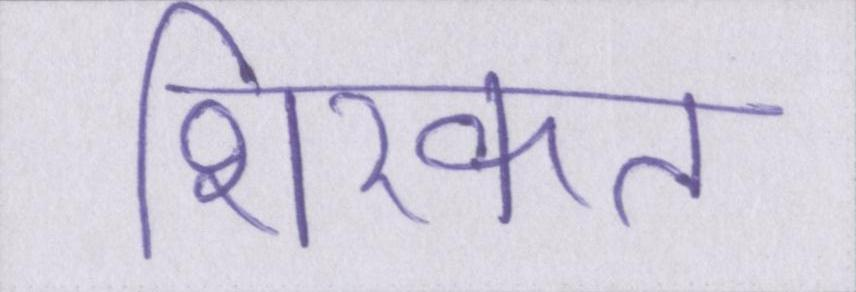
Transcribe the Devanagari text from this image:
शिरकत